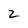
Character: 2